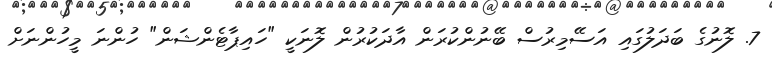
7. ލޮނުގެ ބަދަލުގައި އަސޭމިރުސް ބޭނުންކުރަން އާދަކުރުން ލޮނަކީ "ހައިޕާޓެންޝަން" ހުންނަ މީހުންނަށް